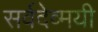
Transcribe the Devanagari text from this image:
सर्वदेव्मयी